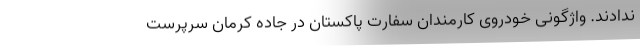
ندادند. واژگونی خودروی کارمندان سفارت پاکستان در جاده کرمان سرپرست